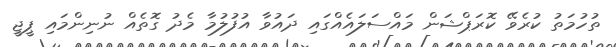
ތުހުމަތު ކުރެވޭ ކޮރަޕްޝަން މައްސަލައެއްގައި ދައުވާ އުފުލުމާ މެދު ގޮތެއް ނުނިންމައި ޕީޖީ